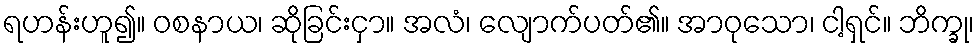
ရဟန်းဟူ၍။ ဝစနာယ၊ ဆိုခြင်းငှာ။ အလံ၊ လျောက်ပတ်၏။ အာဝုသော၊ ငါ့ရှင်။ ဘိက္ခု၊